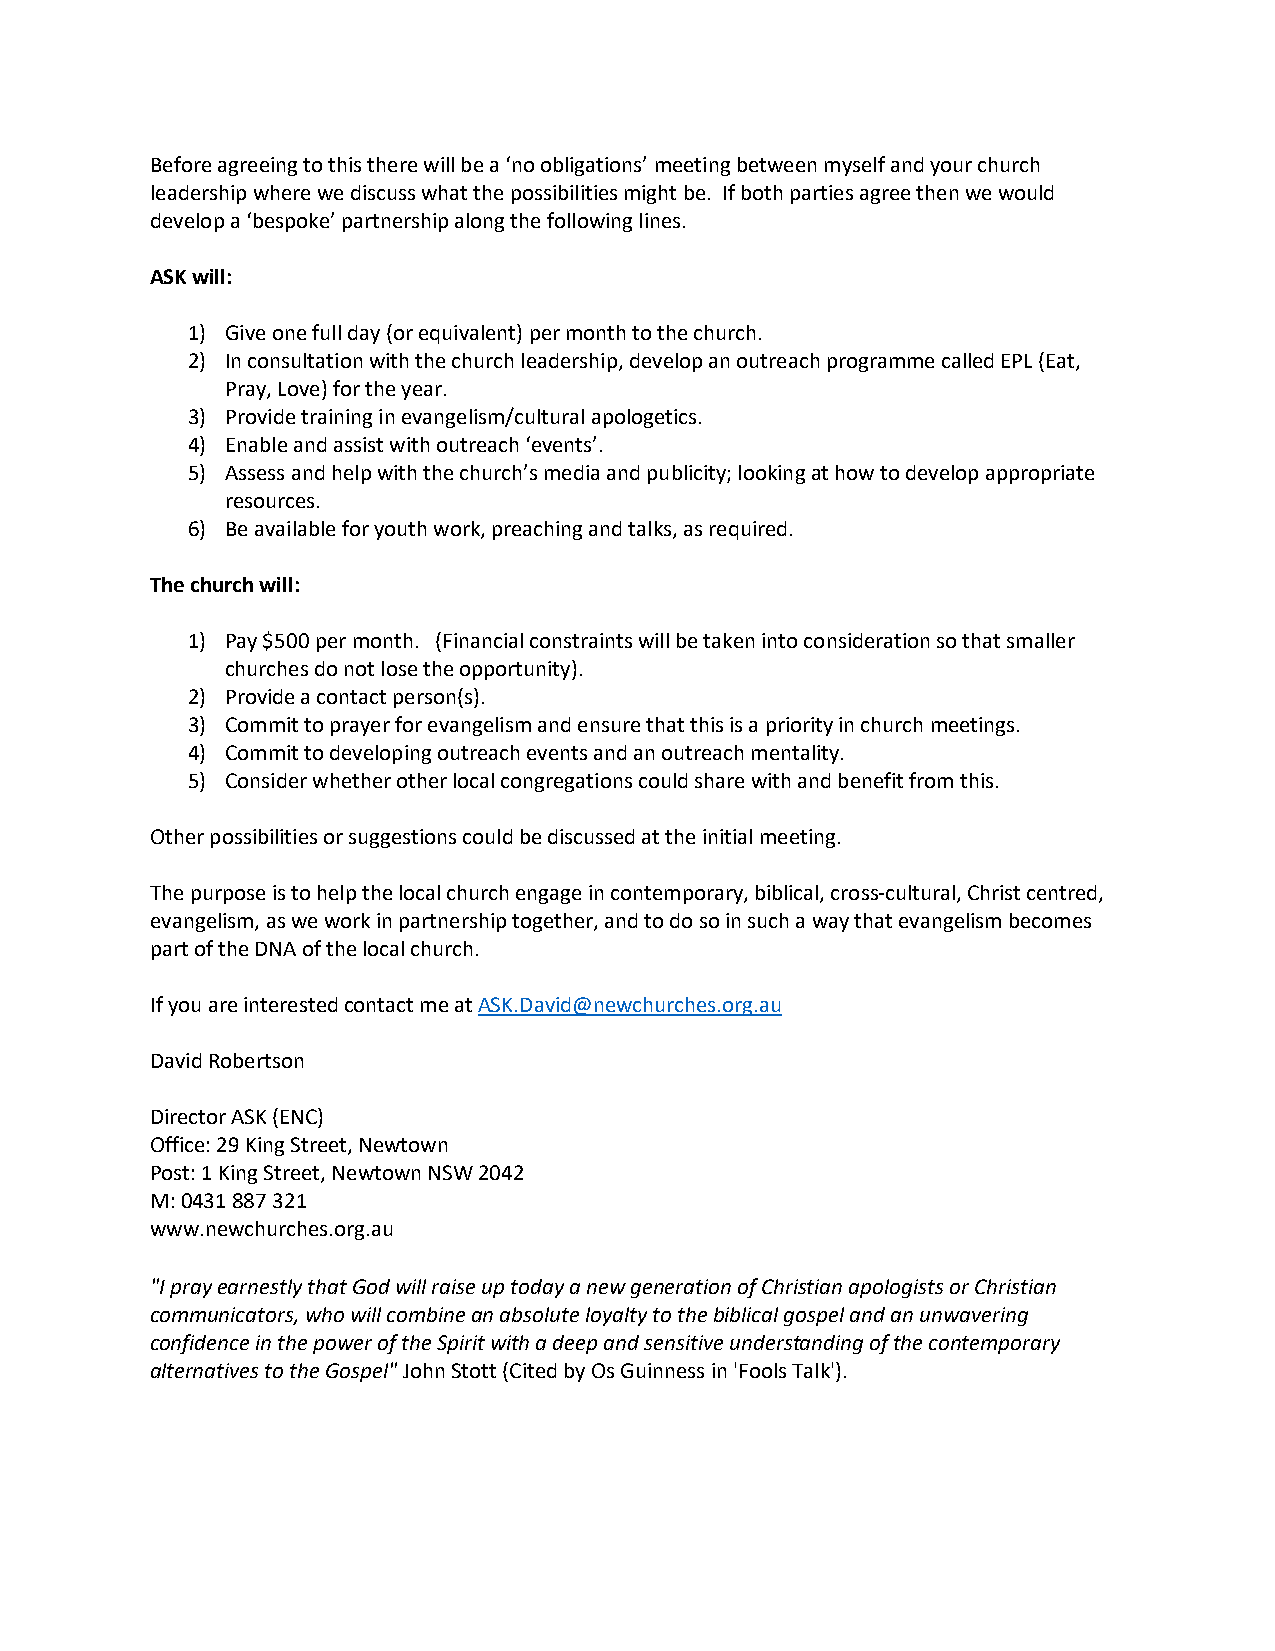
Before agreeing to this there will be a ‘no obligations’ meeting between myself and your church
 leadership where we discuss what the possibilities might be. If both parties agree then we would
 develop a ‘bespoke’ partnership along the following lines.
 ASK will:
 1) Give one full day (or equivalent) per month to the church.
 2) In consultation with the church leadership, develop an outreach programme called EPL (Eat,
 Pray, Love) for the year.
 3) Provide training in evangelism/cultural apologetics.
 4) Enable and assist with outreach ‘events’.
 5) Assess and help with the church’s media and publicity; looking at how to develop appropriate
 resources.
 6) Be available for youth work, preaching and talks, as required.
 The church will:
 1) Pay $500 per month. (Financial constraints will be taken into consideration so that smaller
 churches do not lose the opportunity).
 2) Provide a contact person(s).
 3) Commit to prayer for evangelism and ensure that this is a priority in church meetings.
 4) Commit to developing outreach events and an outreach mentality.
 5) Consider whether other local congregations could share with and benefit from this.
 Other possibilities or suggestions could be discussed at the initial meeting.
 The purpose is to help the local church engage in contemporary, biblical, cross-cultural, Christ centred,
 evangelism, as we work in partnership together, and to do so in such a way that evangelism becomes
 part of the DNA of the local church.
 If you are interested contact me at ASK.David@newchurches.org.au
 David Robertson
 Director ASK (ENC)
 Office: 29 King Street, Newtown
 Post: 1 King Street, Newtown NSW 2042
 M: 0431 887 321
 www.newchurches.org.au
 "I pray earnestly that God will raise up today a new generation of Christian apologists or Christian
 communicators, who will combine an absolute loyalty to the biblical gospel and an unwavering
 confidence in the power of the Spirit with a deep and sensitive understanding of the contemporary
 alternatives to the Gospel" John Stott (Cited by Os Guinness in 'Fools Talk').